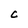
Character: C